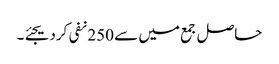
حاصل جمع میں سے 250 نفی کردیجئے۔